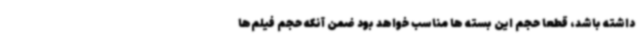
داشته باشد، قطعا حجم این بسته ها مناسب خواهد بود ضمن آنکه حجم فیلم‌ها